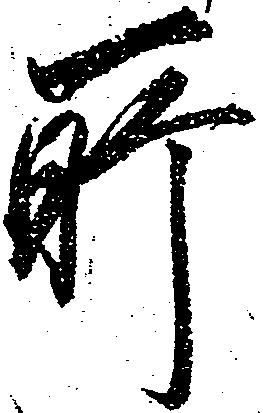
所